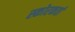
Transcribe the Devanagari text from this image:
स्कोरकर्ता